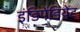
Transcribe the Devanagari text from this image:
इंडिपेंडियेंट